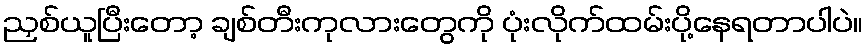
ညှစ်ယူပြီးတော့ ချစ်တီးကုလားတွေကို ပုံးလိုက်ထမ်းပို့နေရတာပါပဲ။